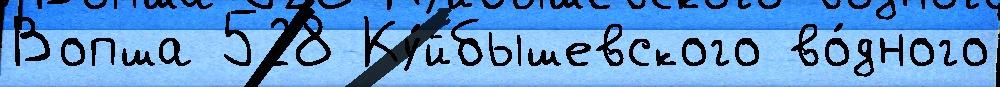
Вопша 528 Ку́йбышевского во́дного